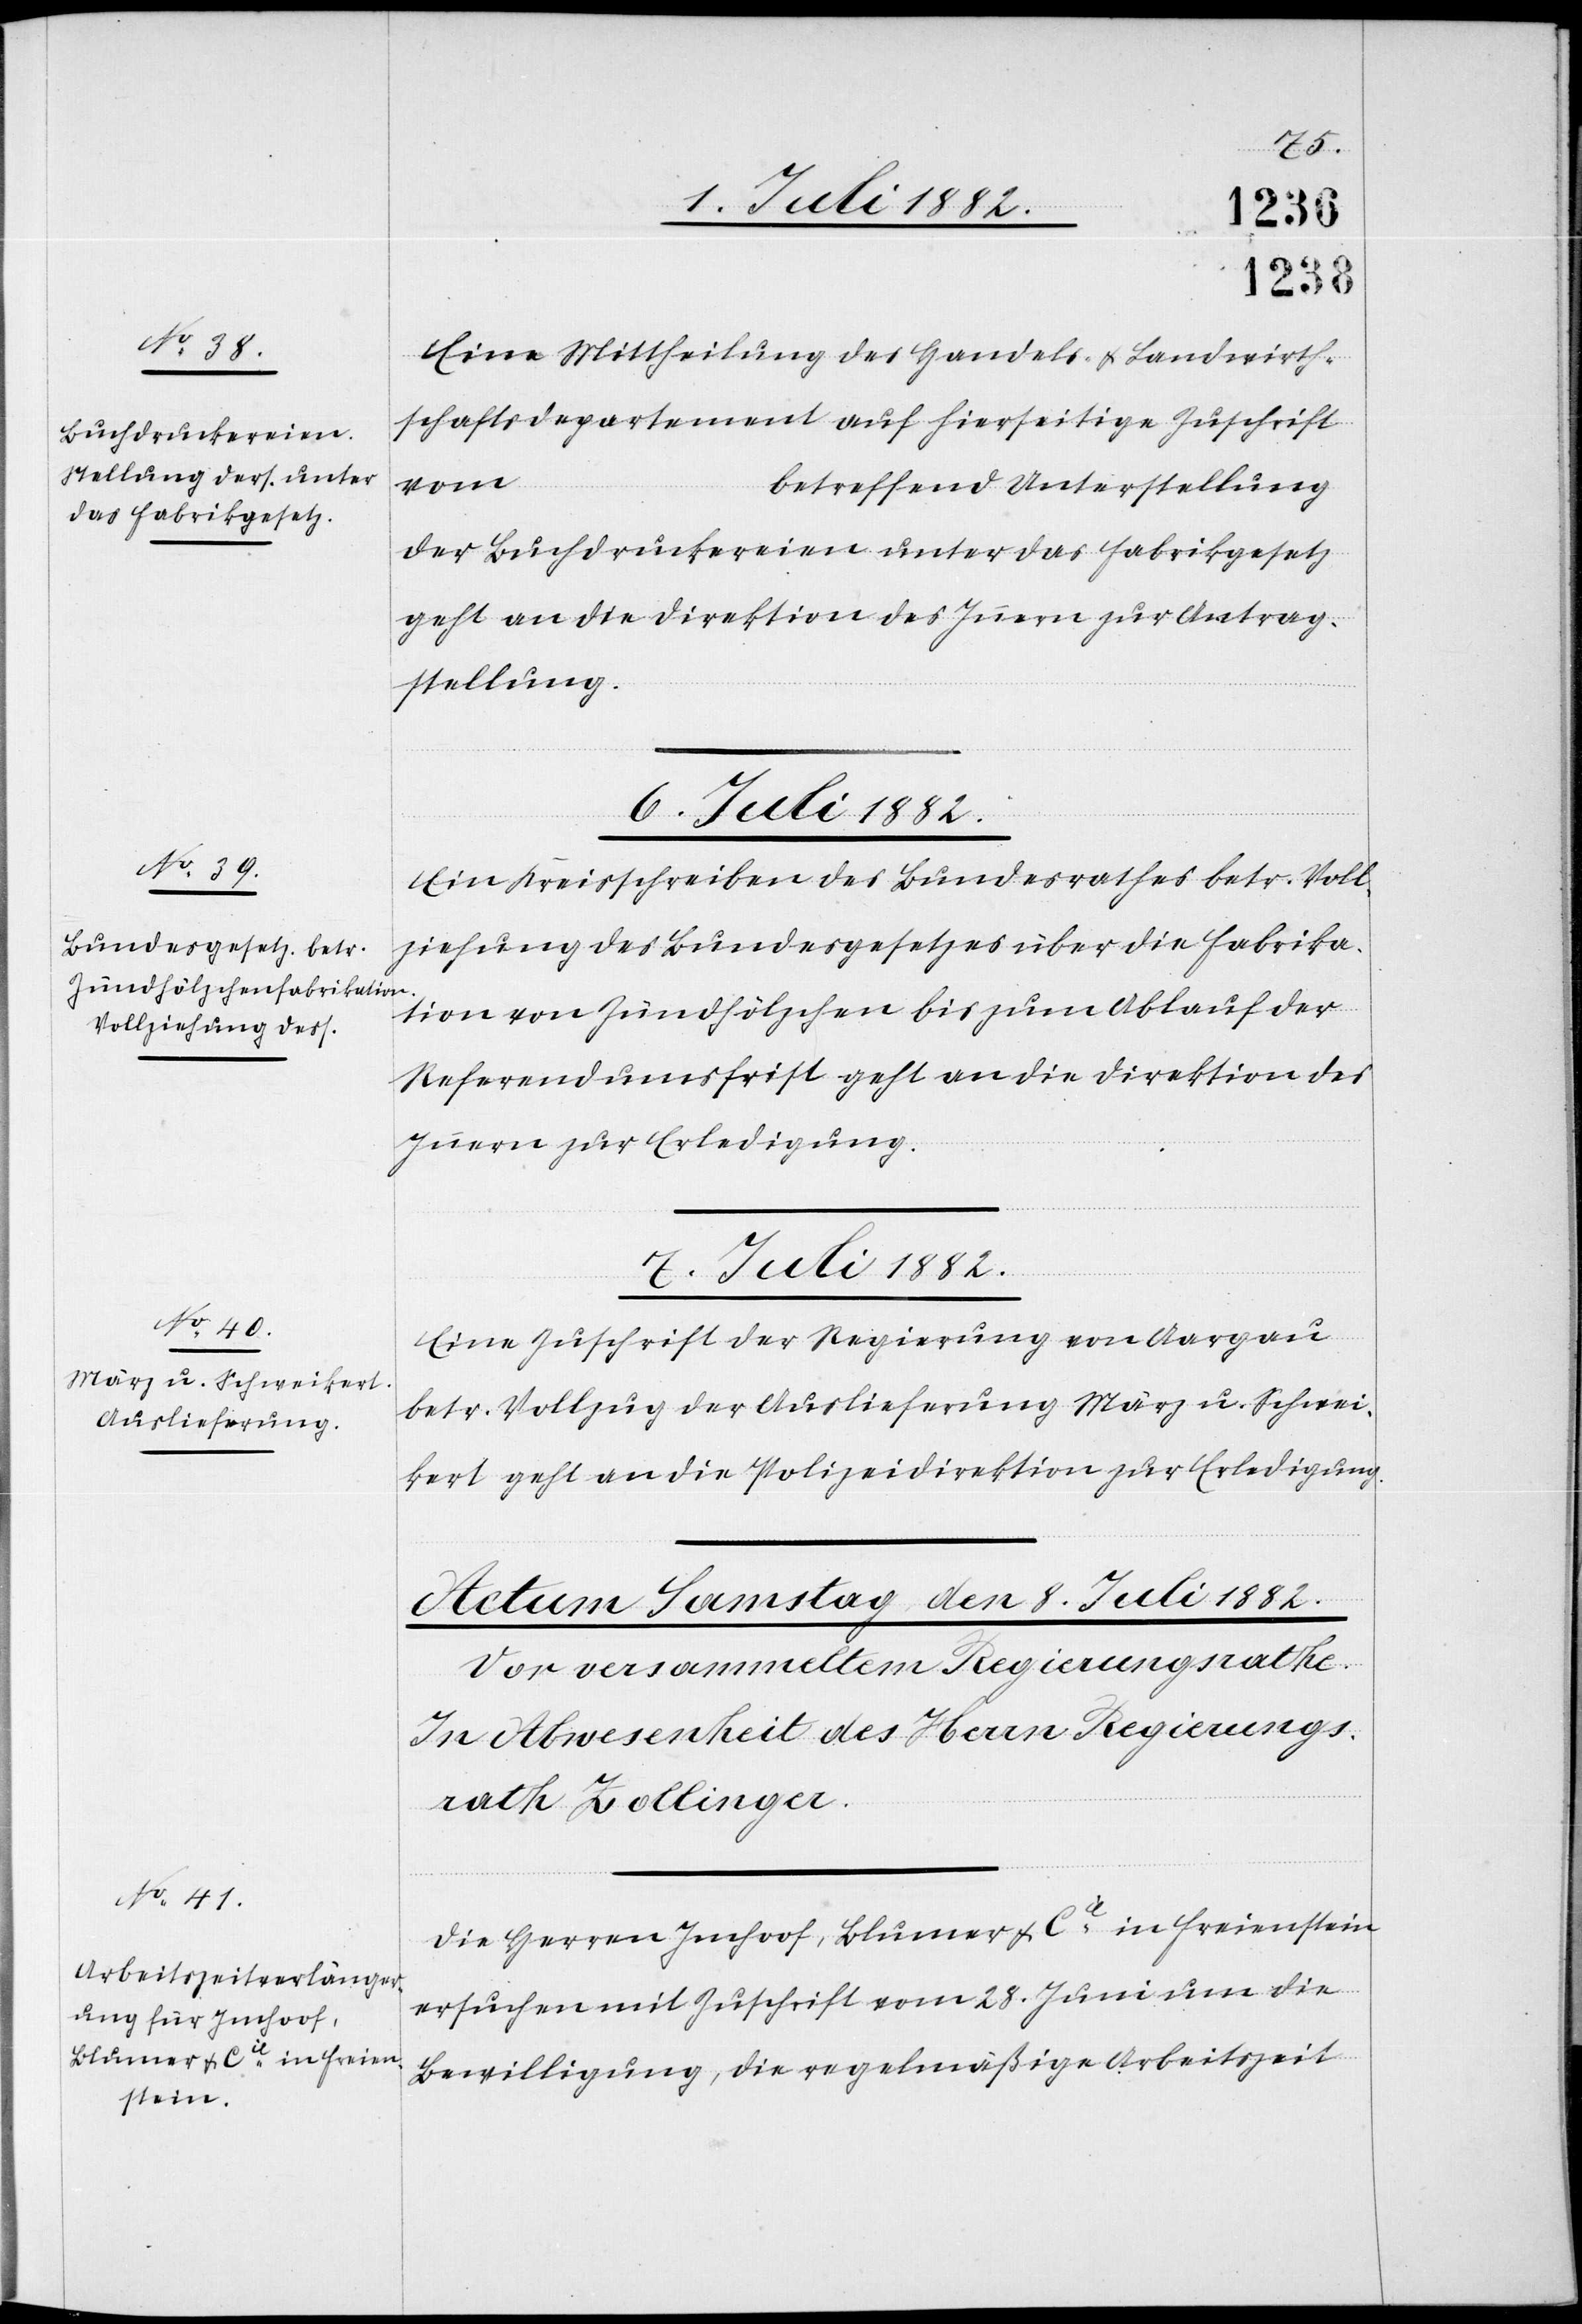
Eine Mittheilung des Handels- & Landwirth¬
schaftsdepartements auf hierseitige Zuschrift
vom …
betreffend Unterstellung
der Buchdruckereien unter das Fabrikgesetz
geht an die Direktion des Innern zur Antrag¬
stellung.
6. Juli 1882.
Ein Kreisschreiben des Bundesrathes betr. Voll¬
ziehung des Bundesgesetzes über die Fabrika¬
tion von Zündhölzchen bis zum Ablauf der
Referendumsfrist geht an die Direktion des
Innern zur Erledigung.
7. Juli 1882.
Eine Zuschrift der Regierung von Aargau
betr. Vollzug der Auslieferung März & Schwei¬
kerl geht an die Polizeidirektion zur Vollziehung.
Die Herren Imhoof, Blumer & Cie in Freienstein
ersuchen mit Zuschrift vom 28. Juni um die
Bewilligung, die regelmäßige Arbeitszeit